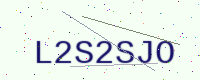
Text: L2S2SJO